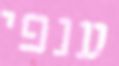
ענפי